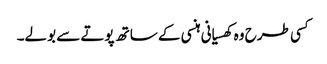
کسی طرح وہ کھسیانی ہنسی کے ساتھ پوتے سے بولے۔